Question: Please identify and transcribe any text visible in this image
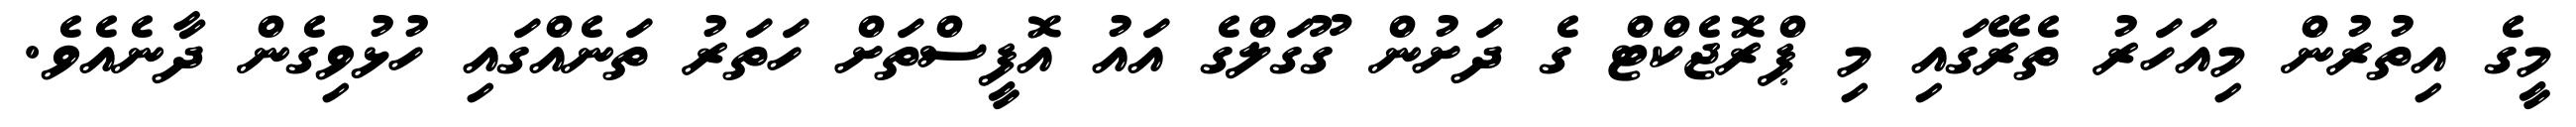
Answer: މީގެ އިތުރުން މިއަހަރު ތެރޭގައި މި ޕްރޮޖެކްޓް ގެ ދަށުން ގޫގަލްގެ އައު އޮފީސްތަށް ހަތަރު ތަނެއްގައި ހުޅުވިގެން ދާނެއެވެ.